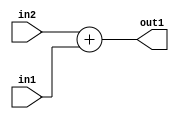
`timescale 1ps / 1ps
/*****************************************************************************
    Verilog RTL Description
    
    
    Created by: Stratus DpOpt 2019.1.01 
*******************************************************************************/

module SobelFilter_Add_8Ux8U_8U_1 (
	in2,
	in1,
	out1
	); /* architecture "behavioural" */ 
input [7:0] in2,
	in1;
output [7:0] out1;
wire [7:0] asc001;

assign asc001 = 
	+(in2)
	+(in1);

assign out1 = asc001;
endmodule

/* CADENCE  urn3Qgs= : u9/ySgnWtBlWxVPRXgAZ4Og= ** DO NOT EDIT THIS LINE ******/